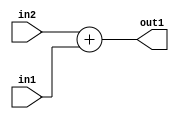
`timescale 1ps / 1ps
/*****************************************************************************
    Verilog RTL Description
    
    
    Created by: Stratus DpOpt 2019.1.01 
*******************************************************************************/

module SobelFilter_Add_8Ux8U_8U_1 (
	in2,
	in1,
	out1
	); /* architecture "behavioural" */ 
input [7:0] in2,
	in1;
output [7:0] out1;
wire [7:0] asc001;

assign asc001 = 
	+(in2)
	+(in1);

assign out1 = asc001;
endmodule

/* CADENCE  urn3Qgs= : u9/ySgnWtBlWxVPRXgAZ4Og= ** DO NOT EDIT THIS LINE ******/